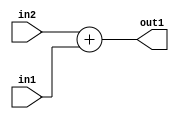
`timescale 1ps / 1ps
/*****************************************************************************
    Verilog RTL Description
    
    
    Created by: Stratus DpOpt 2019.1.01 
*******************************************************************************/

module SobelFilter_Add_8Ux8U_8U_1 (
	in2,
	in1,
	out1
	); /* architecture "behavioural" */ 
input [7:0] in2,
	in1;
output [7:0] out1;
wire [7:0] asc001;

assign asc001 = 
	+(in2)
	+(in1);

assign out1 = asc001;
endmodule

/* CADENCE  urn3Qgs= : u9/ySgnWtBlWxVPRXgAZ4Og= ** DO NOT EDIT THIS LINE ******/